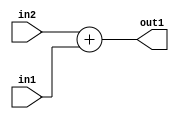
`timescale 1ps / 1ps
/*****************************************************************************
    Verilog RTL Description
    
    
    Created by: Stratus DpOpt 2019.1.01 
*******************************************************************************/

module SobelFilter_Add_8Ux8U_8U_1 (
	in2,
	in1,
	out1
	); /* architecture "behavioural" */ 
input [7:0] in2,
	in1;
output [7:0] out1;
wire [7:0] asc001;

assign asc001 = 
	+(in2)
	+(in1);

assign out1 = asc001;
endmodule

/* CADENCE  urn3Qgs= : u9/ySgnWtBlWxVPRXgAZ4Og= ** DO NOT EDIT THIS LINE ******/